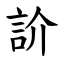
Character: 䚸